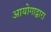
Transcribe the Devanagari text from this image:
आयोगाद्वारा